Lunatic asylums Punjab 1868-1880 - 1868-1880
Year: 1868
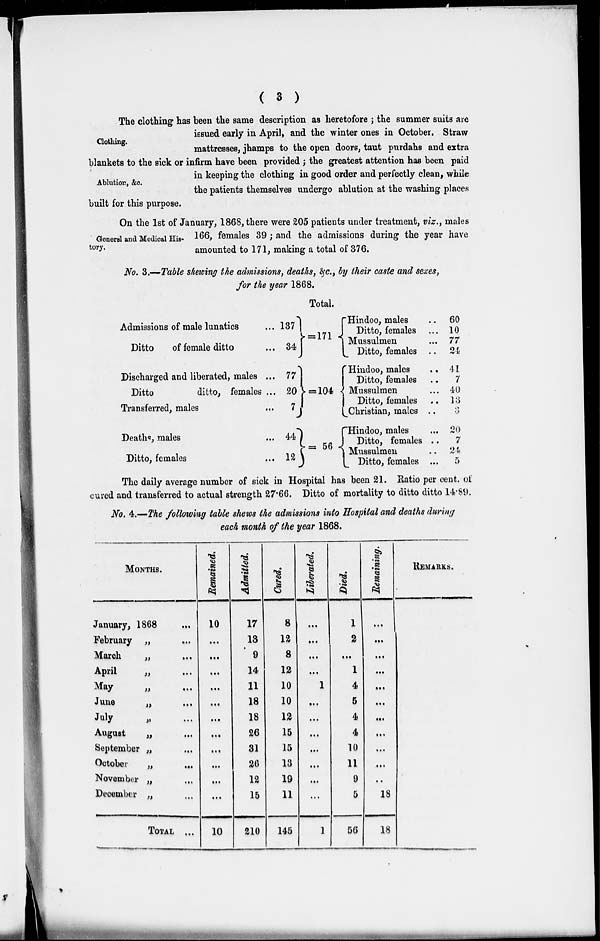
( 3 )
Clothing.
Ablution, &c.
The clothing has been the same description as heretofore ; the summer suits are
issued early in April, and the winter ones in October. Straw
mattresses, jhamps to the open doors, taut purdahs and extra
blankets to the sick or infirm have been provided ; the greatest attention has been paid
in keeping the clothing in good order and perfectly clean, while
the patients themselves undergo ablution at the washing places
built for this purpose.
General and Medical His-
tory.
On the 1st of January, 1868, there were 205 patients under treatment, viz., males
166, females 39 ; and the admissions during the year have
amounted to 171, making a total of 376.
No. 3.—Table shewing the admissions, deaths, &c., by their caste and sexes,
for the year 1868.
Admissions of male lunatics
...
Ditto
of female ditto ...
Discharged and liberated, males ...
Ditto
ditto, females ...
Transferred, males
Deaths, males ...
Ditto, females ...
137
34
77
20
7
44
12
Total.
= 171
= 104
= 56
Hindoo, males
Ditto, females
Mussulmen
Ditto, females
Hindoo, males
Ditto, females
Mussulmen
Ditto, females
Christian, males
Hindoo, males
Ditto, females
Mussulmen
Ditto, females
..
...
...
..
..
..
...
..
..
...
..
..
...
60
10
77
24
41
7
40
13
3
20
7
24
5
The daily average number of sick in Hospital has been 21. Ratio per cent. of
cured and transferred to actual strength 27.66. Ditto of mortality to ditto ditto 14.89.
No. 4.—The following table shews the admissions into Hospital and deaths during
each month of the year 1868.
MONTHS.
January, 1868
February „ ...
March
„ ...
April
„ ...
May „ ...
June
„ ...
July
„ ...
August
„ ...
September „ ...
October
„ ...
November „ ...
December „ ...
TOTAL ...
Remained.
10
...
...
...
...
...
...
...
...
...
...
...
10
Admitted.
17
13
9
14
11
18
18
26
31
26
12
15
210
Cured.
8
12
8
12
10
10
12
15
15
13
19
11
145
Liberated.
...
...
...
... 1
...
...
...
...
...
...
...
1
Died.
1
2
... 1
4
5
4
4
10
11
9
5
56
Remaining.
...
...
...
...
...
...
...
...
...
...
.. 18
18
REMARKS.